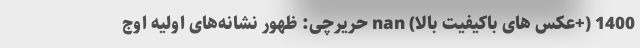
1400 (+عکس های باکیفیت بالا) nan حریرچی: ظهور نشانه‌های اولیه اوج